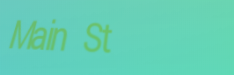
Main St